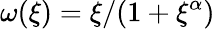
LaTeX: \omega(\xi)=\xi/(1+\xi^{\alpha})